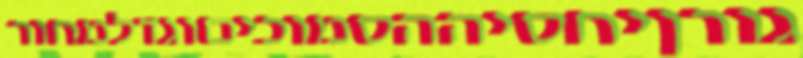
גורןיחסיההסמוכיםוגדלמחור